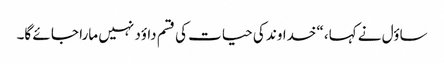
ساؤل نے کہا، “خداوند کی حیات کی قسم داؤد نہیں مارا جا ئے گا۔